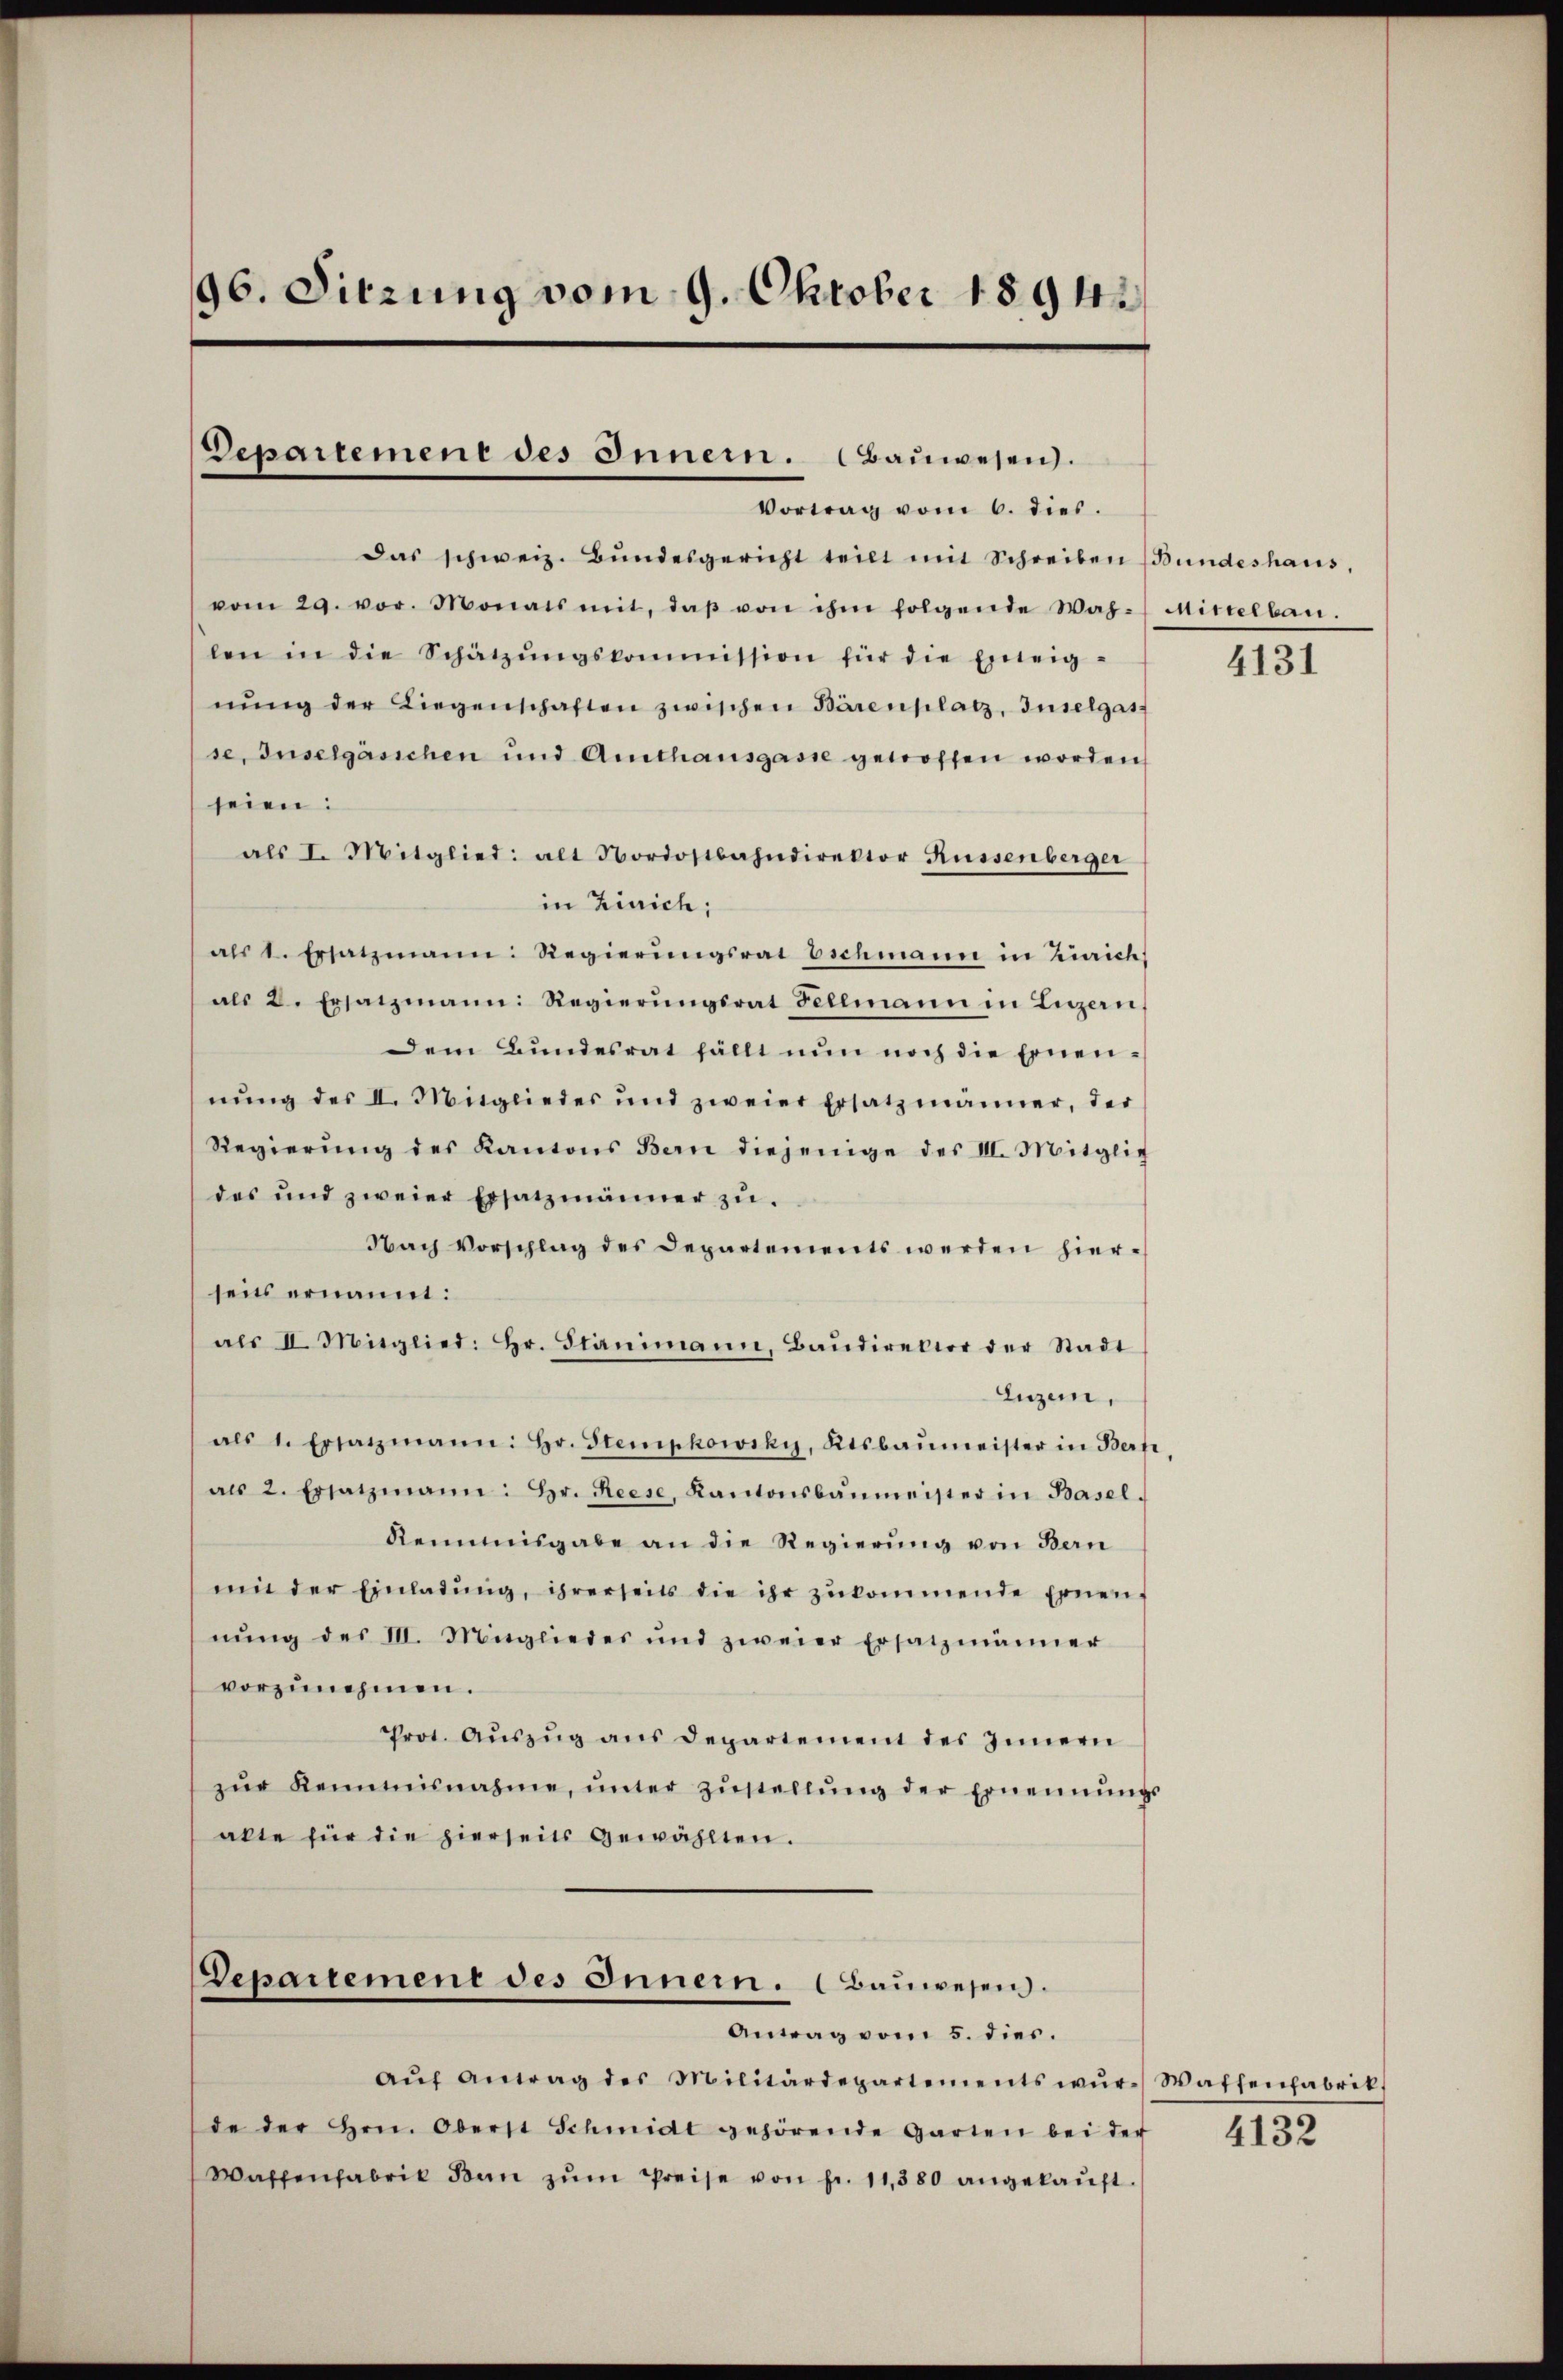
96. Sitzung vom 9. Oktober 1894

Departemene des Innern. Bauwesen.
Vortrag vom 6. dies.

Das schweiz. Bundesgericht teilt mit Schreiben (Bundeshaus,
vom 29. vor. Monats mit, daβ von ihm folgende Wah- Mittelbau.
len in die Schätzŭngskommission für die Eineig-
nŭng der Liegenschaften zwischen Bärenplatz, Inselgas-
se, Inselgäsichen und Amthaŭsgasse getroffen worden,
seien:
als I. Mitglied: alt Nordostbahndirektor Küssenberger
in Zürich;
als 1. Ersatzmann: Regierŭngsrat Eschmann in Zürich,
als 2. Ersatzmann: Regierŭngsrat Sellmann in Luzern,
Dem Bŭndesrat fällt nŭn noch die Ernen-
nung des II. Mitgliedes und zweier Ersatzmänner, der
Regierŭng des Kantons Bern diejenige des II. Mitglie
des und zweier Ersatzmänner zŭ
Nach Vorschlag des Departements werden hierseits ernannt:
als II. Mitglied: Hr. Stanimann, Baŭdirektor der Stadt
Euzen,
als 1. Ersatzmann: hr. Stempkowsky, Ktsbaŭmeister in Bert
als 2. Ersatzmann: Hr. Reese, Kantonsbaŭmeister in Basel-
Reimisgabe an die Regierung von Bern
mi der Einladŭng, ihrerseits die ihr zŭkommende Ernen-
nŭng des III. Mitgliedes und zweier Ersatzmänner
vorzunehmen.
rot. Aŭszŭg ans Departement des Innern
zŭr Keimisnahme, ŭnter zŭstellŭng der Ernennungs
akte für die hierseits gewählten.

Departement des Innern. (Bauwesen.
Antrag vom 5. dies.

aŭf Antrag des Militärdepartements wŭr-Waffenfabrik
de der Hrn. Oberst Schmidt gehörende Garten bei der
Waffenfabrik Ban zŭm Preise von Fr. 11,380 angekauft.

4131

4132